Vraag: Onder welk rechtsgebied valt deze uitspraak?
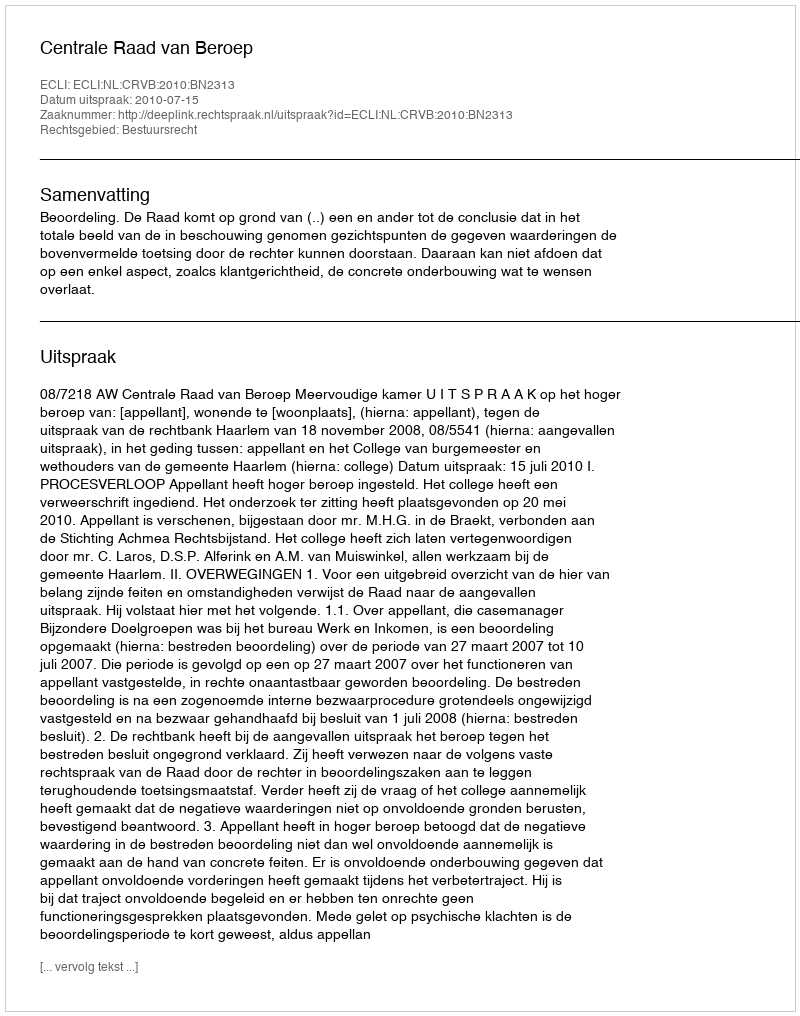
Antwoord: Bestuursrecht